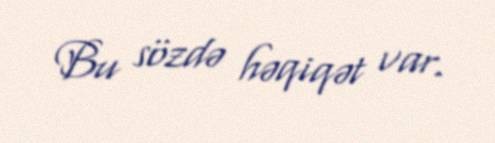
Bu sözdə həqiqət var.